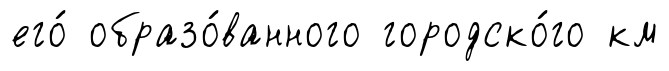
его́ образо́ванного городско́го км